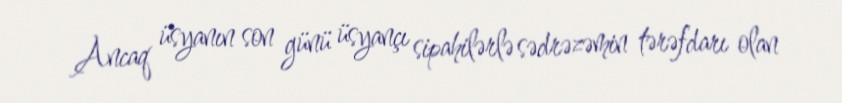
Ancaq üsyanın son günü üsyançı sipahilərlə sədrəzəmin tərəfdarı olan